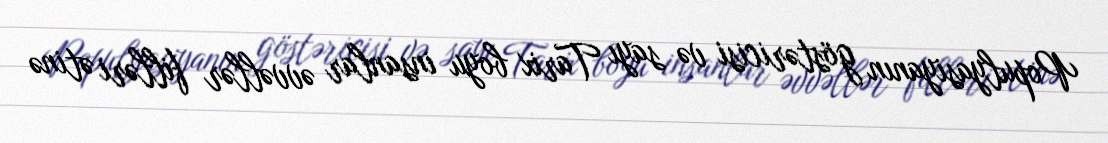
Populyasiyanın göstəricisi və sayı Tarix boyu insanlar əvvəllər filləri ətinə